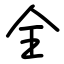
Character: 全